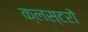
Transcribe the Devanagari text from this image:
क्लस्टरों